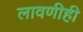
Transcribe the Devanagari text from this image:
लावणीही